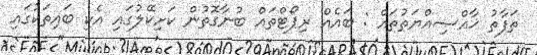
ތަފާތު ޚާއްޞިއްޔަތުތައް : ބައެއް ރިޕޯޓްތައް ބުނާގޮތުން ކަށިކޭލުގައި އެކި ބައިތަކުގައި